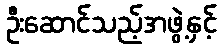
ဦးဆောင်သည့်အဖွဲ့နှင့်